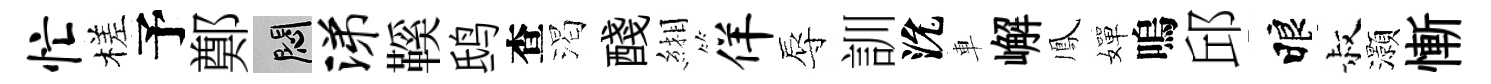
忙槎予鄭悶涕鞵鸱查渴醆緗佯辱訓沇車嶰鳳嬋嗚邱睱叔灝慚